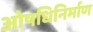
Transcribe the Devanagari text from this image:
ओषधिनिर्माण